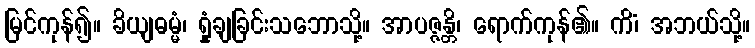
မြင်ကုန်၍။ ခိယျဓမ္မံ၊ ရှုံချခြင်းသဘောသို့။ အာပဇ္ဇန္တိ၊ ရောက်ကုန်၏။ ကိံ၊ အဘယ်သို့။